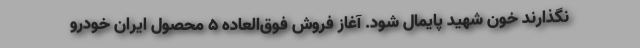
نگذارند خون شهید پایمال شود. آغاز فروش فوق‌العاده 5 محصول ایران خودرو